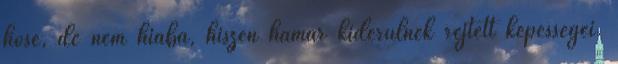
hőse, de nem hiába, hiszen hamar kiderülnek rejtett képességei.